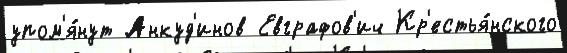
упом'я́нут Анкуд'инов Евграфов'ич Кр'естья́нского